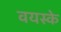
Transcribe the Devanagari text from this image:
वयस्के